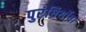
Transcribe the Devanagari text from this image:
पुरंध्रिर्योषा